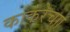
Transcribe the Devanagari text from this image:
काकरेचाा